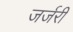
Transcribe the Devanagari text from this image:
जर्जरी